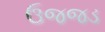
ઉજજડ